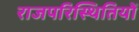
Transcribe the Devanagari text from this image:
राजपरिस्थितियों